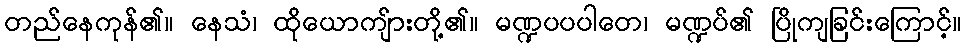
တည်နေကုန်၏။ နေသံ၊ ထိုယောကျ်ားတို့၏။ မဏ္ဍပပပါတေ၊ မဏ္ဍပ်၏ ပြိုကျခြင်းကြောင့်။